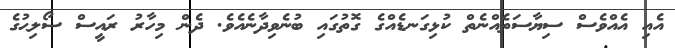
އެއި އެއްވެސް ސިޔާސަތެއްނެތް ކުޅިގަނޑެއްގެ ގޮތުގައި ބުނެވިދާނެއެވެ. ދެން މިހާރު ރައީސް ސޯލިޙުގެ